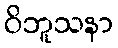
ဝိဘူသနာ